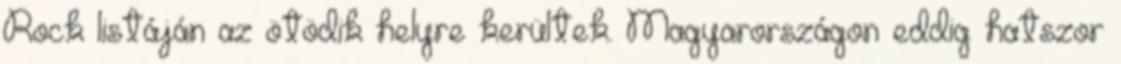
Rock listáján az ötödik helyre kerültek. Magyarországon eddig hatszor